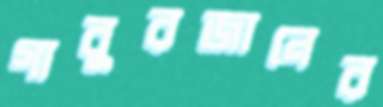
গাবুরজানের